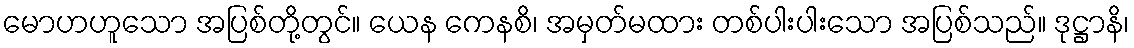
မောဟဟူသော အပြစ်တို့တွင်။ ယေန ကေနစိ၊ အမှတ်မထား တစ်ပါးပါးသော အပြစ်သည်။ ဒုဋ္ဌာနိ၊